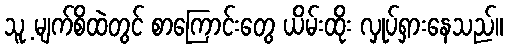
သူ့ မျက်စိထဲတွင် စာကြောင်းတွေ ယိမ်းထိုး လှုပ်ရှားနေသည်။